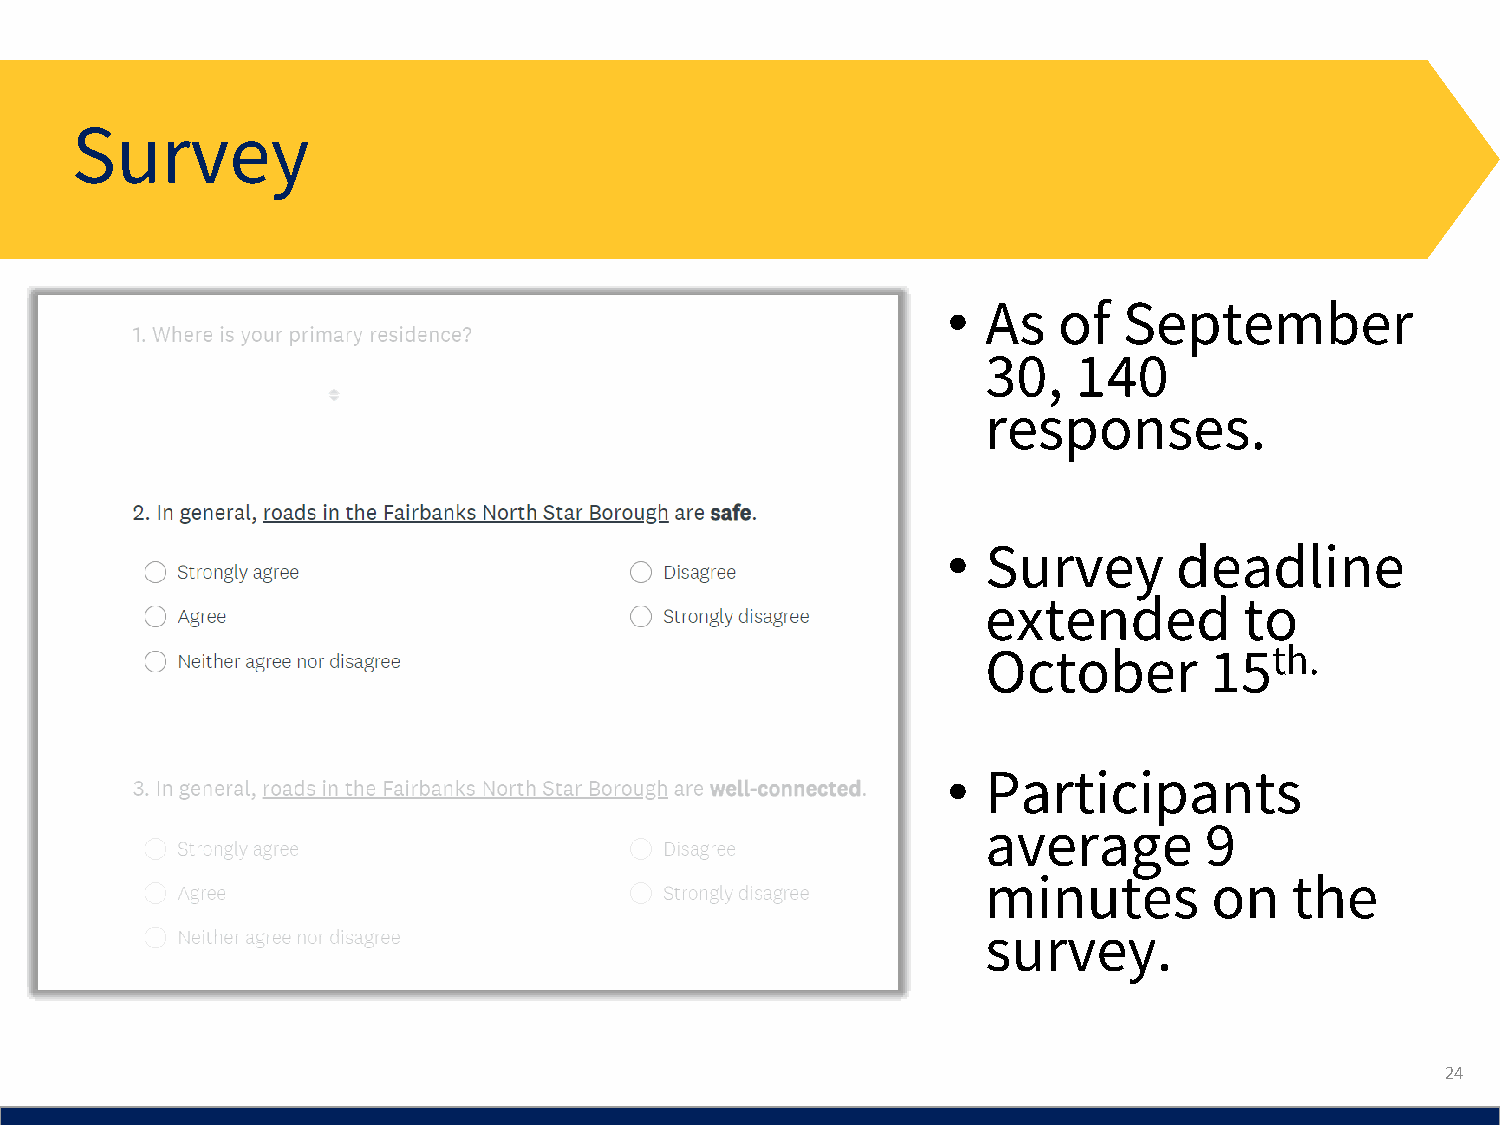
Survey
 • As   of  September
 30,   140
 responses.
 • Survey       deadline
 extended         to
 October        15th.
 • Participants
 average        9
 minutes        on    the
 survey.
 24